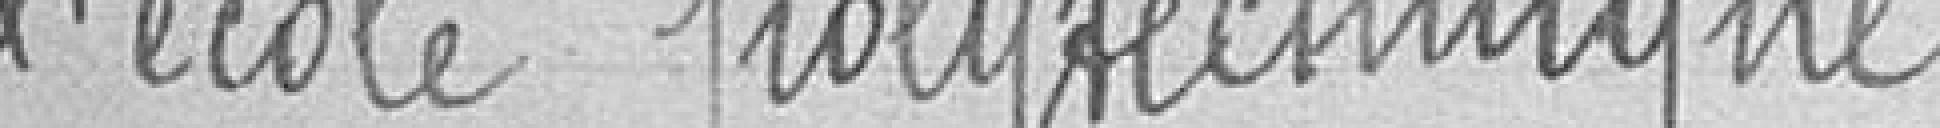
l'école polytechnique